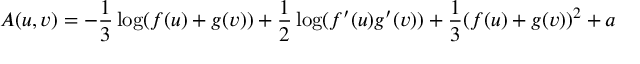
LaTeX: A ( u , v ) = - \frac { 1 } { 3 } \log ( f ( u ) + g ( v ) ) + \frac { 1 } { 2 } \log ( f ^ { \prime } ( u ) g ^ { \prime } ( v ) ) + \frac { 1 } { 3 } ( f ( u ) + g ( v ) ) ^ { 2 } + a